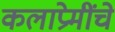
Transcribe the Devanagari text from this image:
कलाप्रेमींचे